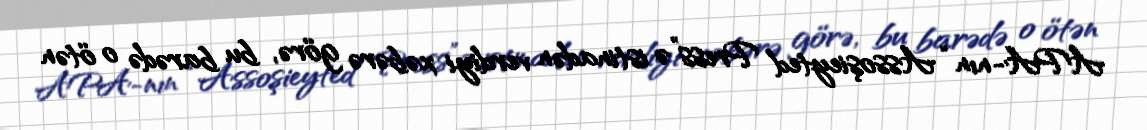
APA-nın “Assoşieyted Press”ə istinadən verdiyi xəbərə görə, bu barədə o ötən